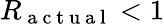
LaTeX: R_{\mathrm{~a~c~t~u~a~l~}}<1